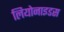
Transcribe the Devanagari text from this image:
लियोनाइडस